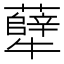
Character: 𪺶